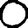
Digit: 0